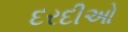
દરદીઓ